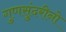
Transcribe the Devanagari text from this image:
गुणसुंदरीनो